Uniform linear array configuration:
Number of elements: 4
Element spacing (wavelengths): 0.5
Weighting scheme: kaiser
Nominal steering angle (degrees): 60
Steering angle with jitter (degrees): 60.27
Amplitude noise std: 0.05
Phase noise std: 0.05

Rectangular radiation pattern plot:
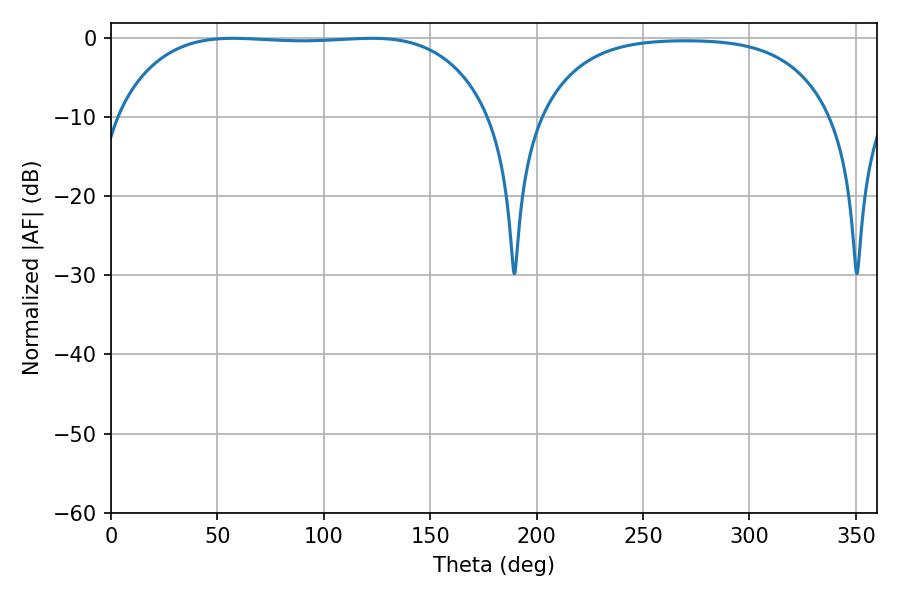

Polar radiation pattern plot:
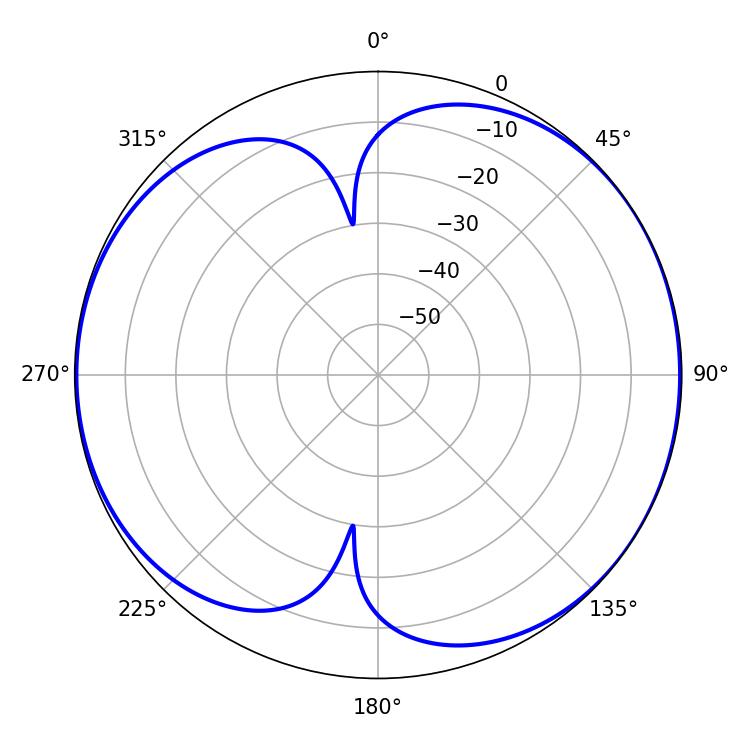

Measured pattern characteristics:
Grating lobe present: FALSE
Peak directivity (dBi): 6.445
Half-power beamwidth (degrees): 137.16
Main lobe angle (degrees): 57.42